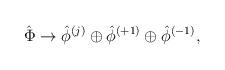
LaTeX: \begin{align*}{\hat \Phi} \rightarrow {\hat \phi}^{(j)} \oplus {\hat \phi}^{(+1)}\oplus {\hat \phi}^{(-1)},\end{align*}